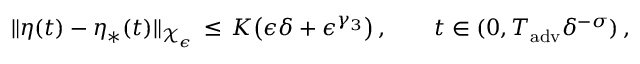
\| \eta ( t ) - \eta _ { * } ( t ) \| _ { \mathcal { X } _ { \epsilon } } \, \le \, K \bigl ( \epsilon \delta + \epsilon ^ { \gamma _ { 3 } } \bigr ) \, , \qquad t \in ( 0 , T _ { \mathrm { a d v } } \delta ^ { - \sigma } ) \, ,